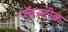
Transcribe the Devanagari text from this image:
प्लॅस्टीक